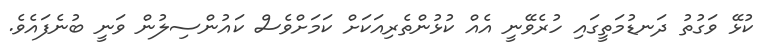
ކުޅޭ ވަގުތު ދަނޑުމަތީގައި ހުރެވޭނީ އެއް ކުޅުންތެރިއަކަށް ކަމަށްވެސް ކައުންސިލުން ވަނީ ބުނެފައެވެ.